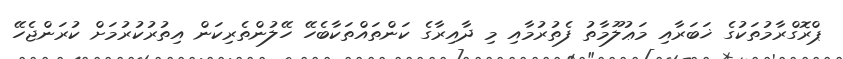
ޕްރޮގްރާމުތަކުގެ ޚަބަރާއި މަޢުލޫމާތު ފެތުރުމާއި މި ދާއިރާގެ ކަންތައްތަކާބެހޭ ހޭލުންތެރިކަން އިތުރުކުރުމަށް ކުރަންޖެހޭ